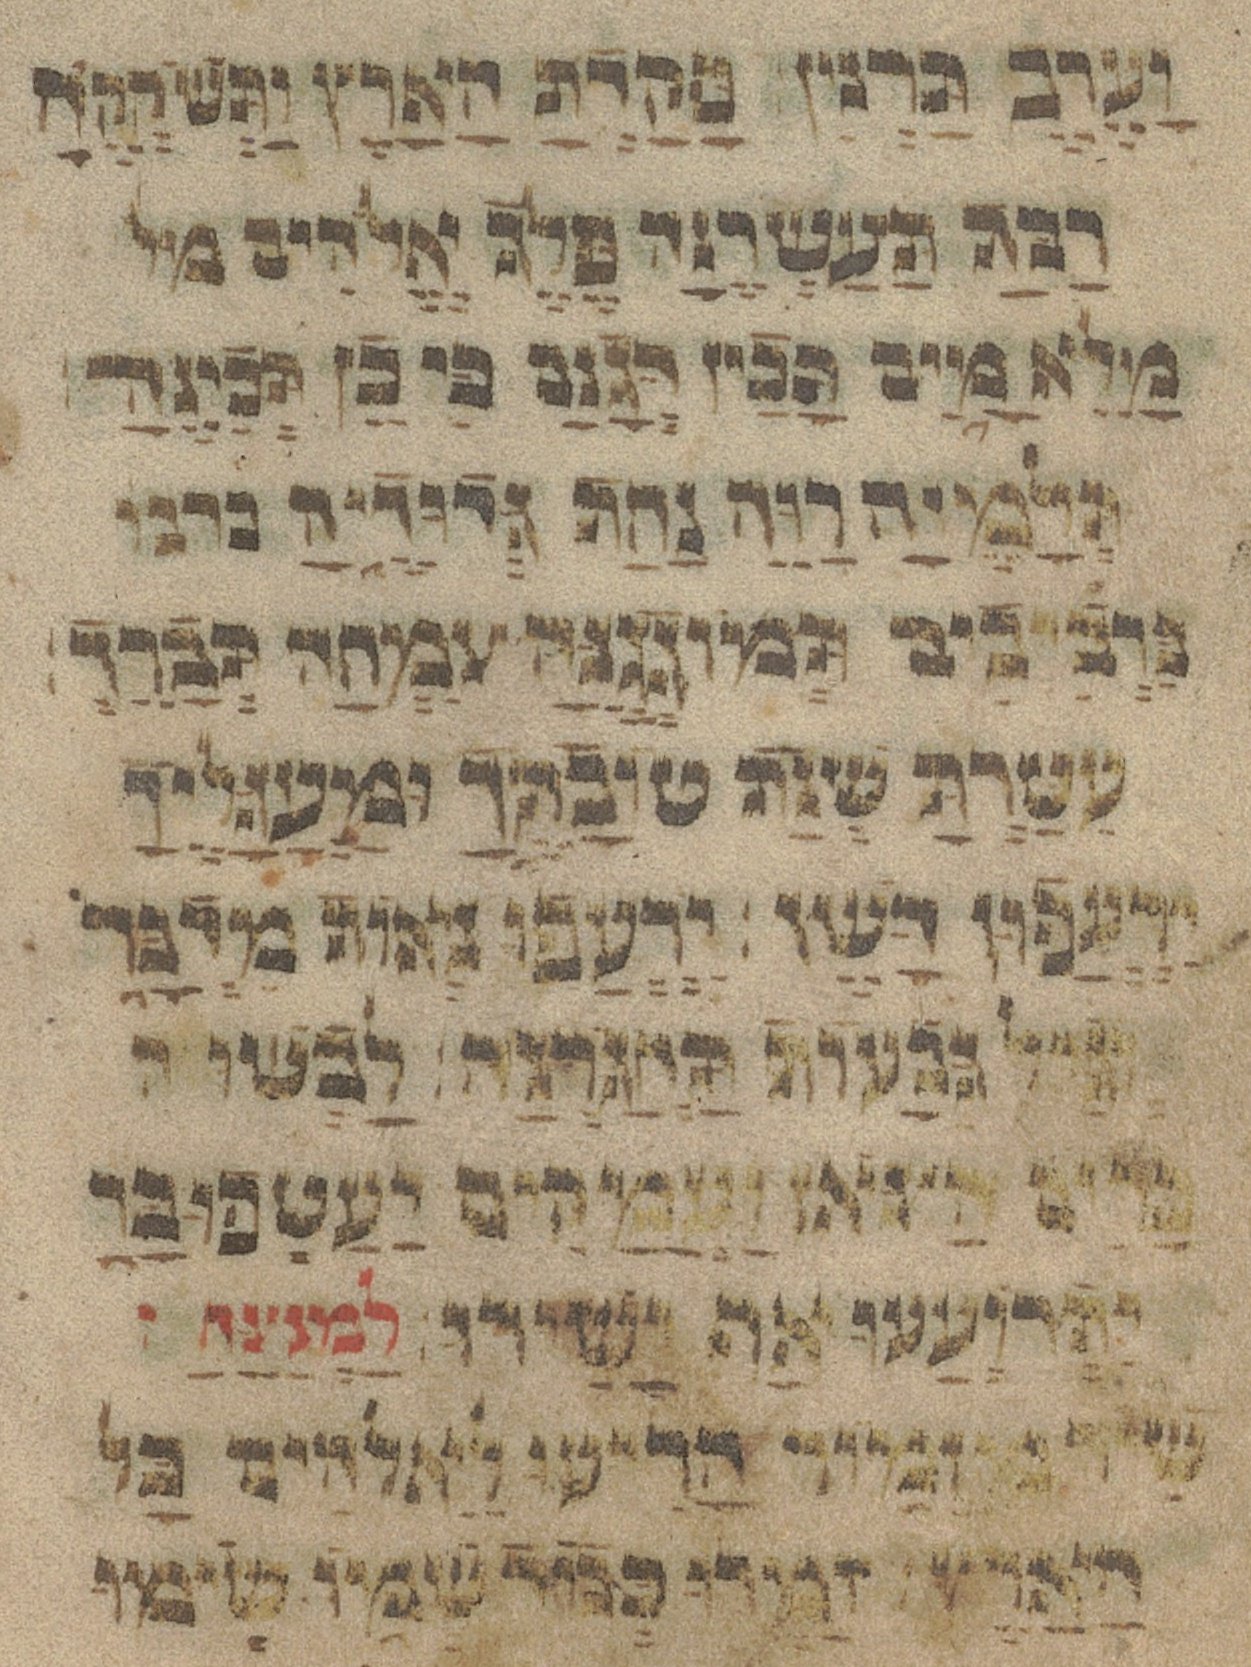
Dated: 1433–1433